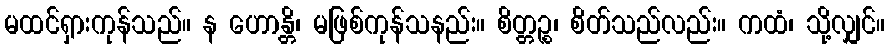
မထင်ရှားကုန်သည်။ န ဟောန္တိ၊ မဖြစ်ကုန်သနည်း။ စိတ္တဉ္စ၊ စိတ်သည်လည်း။ ကထံ၊ သို့လျှင်။